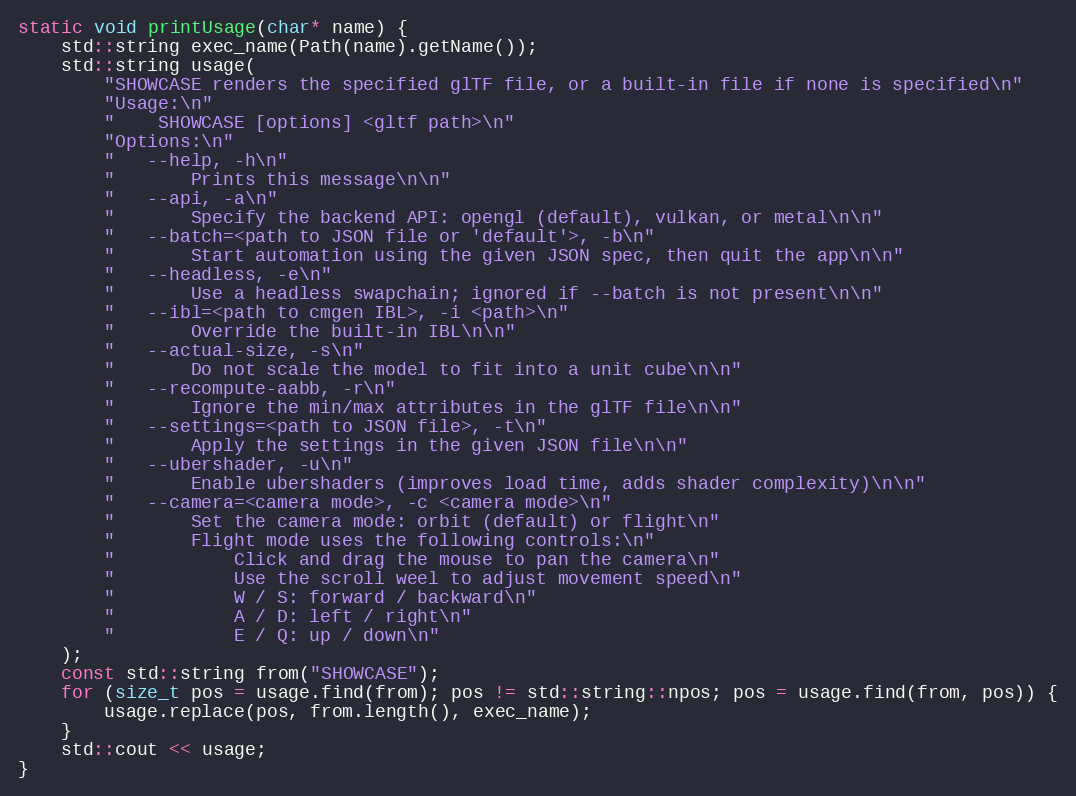
Language: C++
static void printUsage(char* name) {
    std::string exec_name(Path(name).getName());
    std::string usage(
        "SHOWCASE renders the specified glTF file, or a built-in file if none is specified\n"
        "Usage:\n"
        "    SHOWCASE [options] <gltf path>\n"
        "Options:\n"
        "   --help, -h\n"
        "       Prints this message\n\n"
        "   --api, -a\n"
        "       Specify the backend API: opengl (default), vulkan, or metal\n\n"
        "   --batch=<path to JSON file or 'default'>, -b\n"
        "       Start automation using the given JSON spec, then quit the app\n\n"
        "   --headless, -e\n"
        "       Use a headless swapchain; ignored if --batch is not present\n\n"
        "   --ibl=<path to cmgen IBL>, -i <path>\n"
        "       Override the built-in IBL\n\n"
        "   --actual-size, -s\n"
        "       Do not scale the model to fit into a unit cube\n\n"
        "   --recompute-aabb, -r\n"
        "       Ignore the min/max attributes in the glTF file\n\n"
        "   --settings=<path to JSON file>, -t\n"
        "       Apply the settings in the given JSON file\n\n"
        "   --ubershader, -u\n"
        "       Enable ubershaders (improves load time, adds shader complexity)\n\n"
        "   --camera=<camera mode>, -c <camera mode>\n"
        "       Set the camera mode: orbit (default) or flight\n"
        "       Flight mode uses the following controls:\n"
        "           Click and drag the mouse to pan the camera\n"
        "           Use the scroll weel to adjust movement speed\n"
        "           W / S: forward / backward\n"
        "           A / D: left / right\n"
        "           E / Q: up / down\n"
    );
    const std::string from("SHOWCASE");
    for (size_t pos = usage.find(from); pos != std::string::npos; pos = usage.find(from, pos)) {
        usage.replace(pos, from.length(), exec_name);
    }
    std::cout << usage;
}